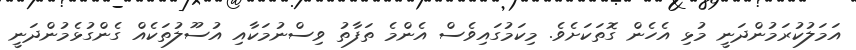
އަމަލުކުރަމުންދަނީ މުޅި އެހެން ގޮތަކަށެވެ. މިކަމުގައިވެސް އެންމެ ތަފާތު ވިސްނުމަކާއި އުސޫލުތަކެއް ގެންގުޅެމުންދަނީ